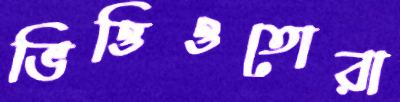
ভিত্তিওতোরা